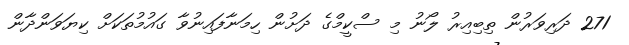
271 ދަރިވަރުން ތިބިއިރު ލޯނު މި ސްކީމްގެ ދަށުން ހިމަނާފައިނުވާ ގައުމުތަކަށް ކިޔަވަންދާން